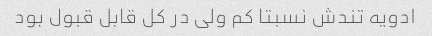
ادویه تندش نسبتا کم ولی در کل قابل قبول بود